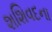
શશિવદના